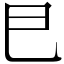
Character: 𢀳